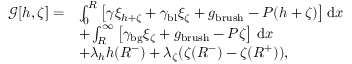
\begin{array} { r l } { \mathcal { G } [ h , \zeta ] = } & { \int _ { 0 } ^ { R } \left[ \gamma \xi _ { h + \zeta } + \gamma _ { \mathrm { b l } } \xi _ { \zeta } + g _ { \mathrm { b r u s h } } - P ( h + \zeta ) \right] \mathrm { d } x } \\ & { + \int _ { R } ^ { \infty } \left[ \gamma _ { \mathrm { b g } } \xi _ { \zeta } + g _ { \mathrm { b r u s h } } - P \zeta \right] \, \mathrm { d } x } \\ & { + \lambda _ { h } h ( R ^ { - } ) + \lambda _ { \zeta } ( \zeta ( R ^ { - } ) - \zeta ( R ^ { + } ) ) , } \end{array}